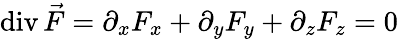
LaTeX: \operatorname{div}{\vec{F}}=\partial_{x}F_{x}+\partial_{y}F_{y}+\partial_{z}F_{z}=0